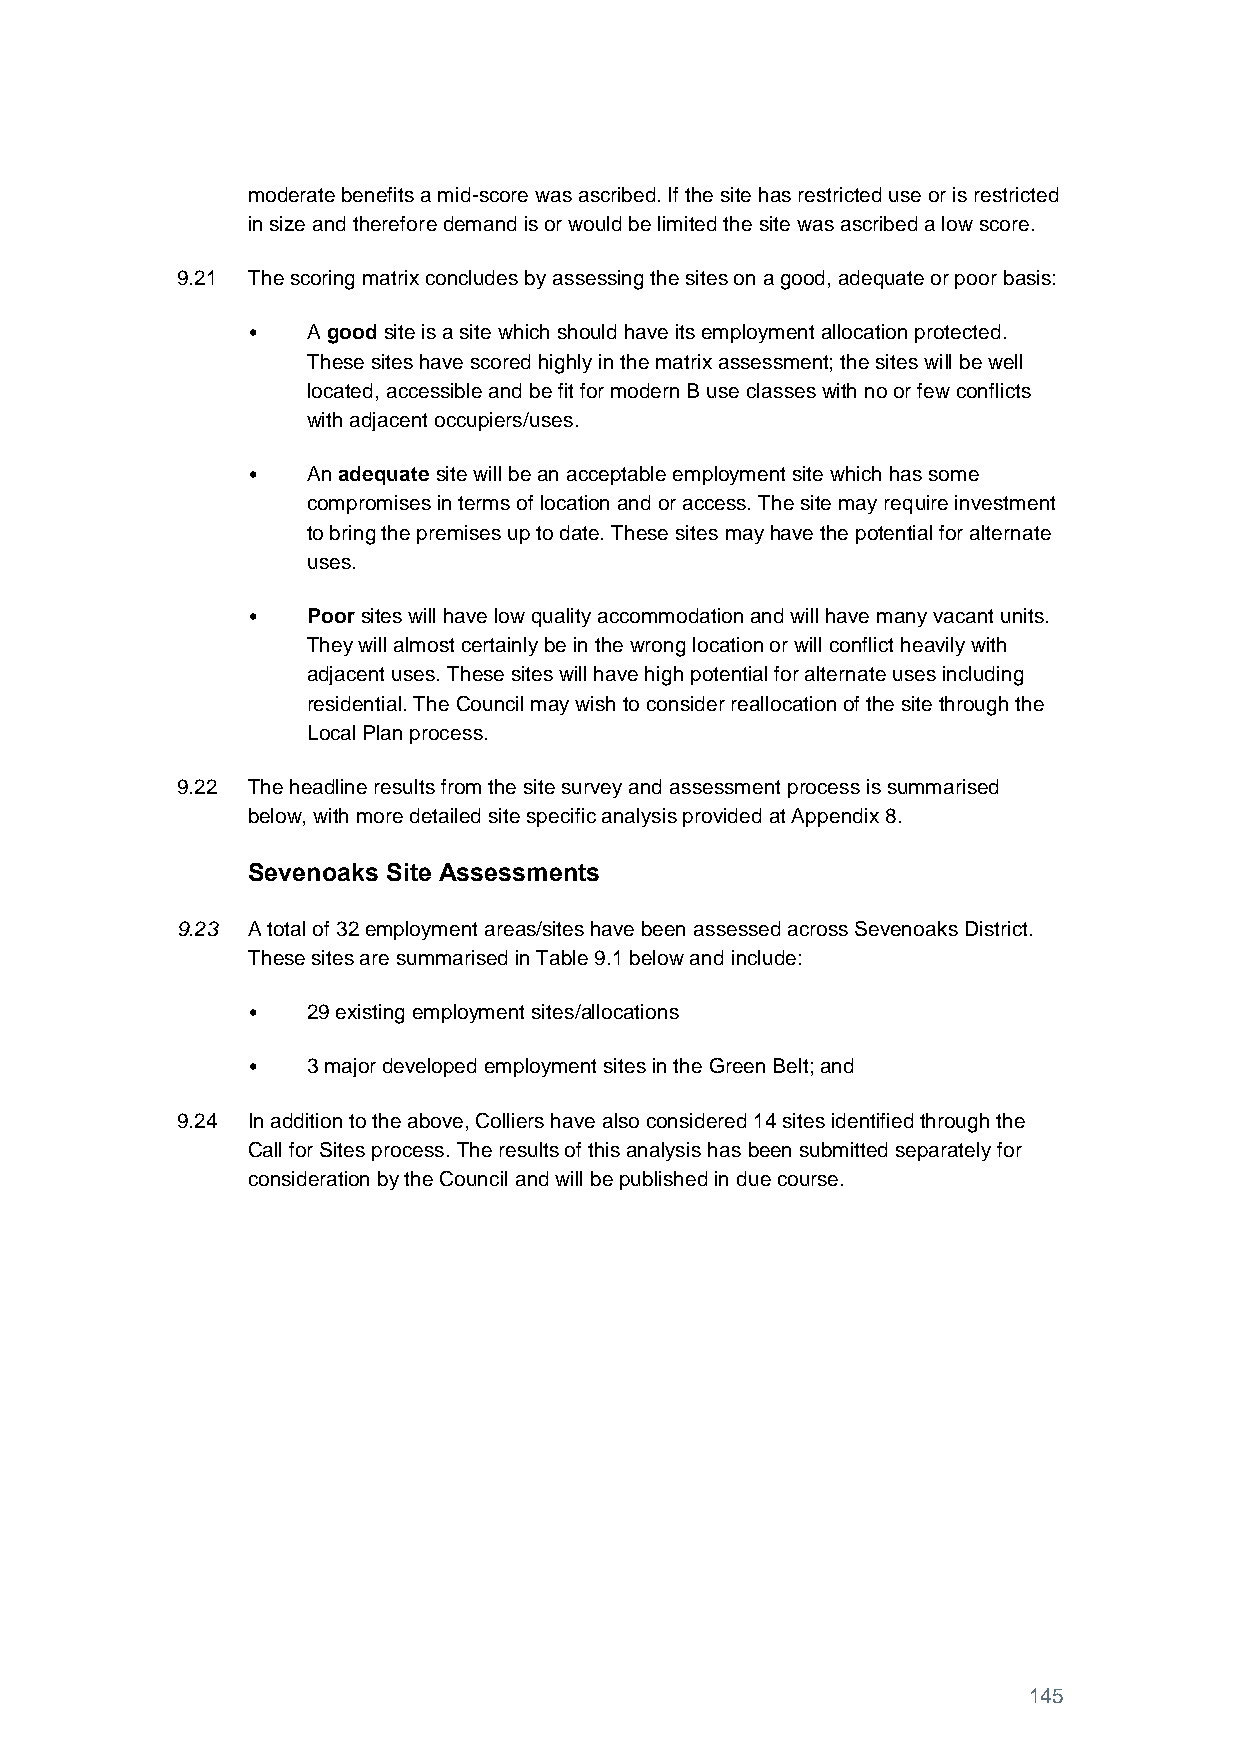
moderate benefits a mid-score was ascribed. If the site has restricted use or is restricted
 in size and therefore demand is or would be limited the site was ascribed a low score.
 9.21 The scoring matrix concludes by assessing the sites on a good, adequate or poor basis:
 •   A good site is a site which should have its employment allocation protected.
 These sites have scored highly in the matrix assessment; the sites will be well
 located, accessible and be fit for modern B use classes with no or few conflicts
 with adjacent occupiers/uses.
 •   An adequate site will be an acceptable employment site which has some
 compromises in terms of location and or access. The site may require investment
 to bring the premises up to date. These sites may have the potential for alternate
 uses.
 •   Poor sites will have low quality accommodation and will have many vacant units.
 They will almost certainly be in the wrong location or will conflict heavily with
 adjacent uses. These sites will have high potential for alternate uses including
 residential. The Council may wish to consider reallocation of the site through the
 Local Plan process.
 9.22 The headline results from the site survey and assessment process is summarised
 below, with more detailed site specific analysis provided at Appendix 8.
 Sevenoaks Site Assessments
 9.23 A total of 32 employment areas/sites have been assessed across Sevenoaks District.
 These sites are summarised in Table 9.1 below and include:
 •   29 existing employment sites/allocations
 •   3 major developed employment sites in the Green Belt; and
 9.24 In addition to the above, Colliers have also considered 14 sites identified through the
 Call for Sites process. The results of this analysis has been submitted separately for
 consideration by the Council and will be published in due course.
 145